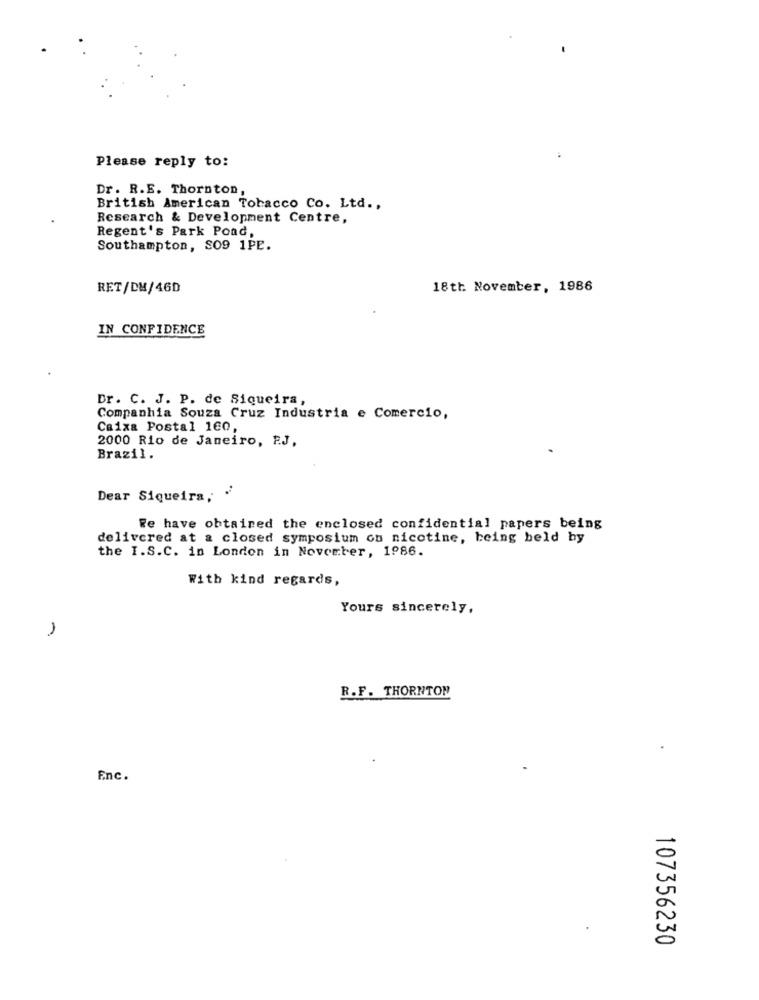
Please reply to:
Dr. R.E. Thornton,
British American Tobacco Co. Ltd .,
Research & Development Centre,
Regent's Park Poad,
Southampton, S09 1PE.
RET/DM/46D
18th November, 1986
IN CONFIDENCE
Dr. C. J. P. de Siqueira,
Companhia Souza Cruz Industria e Comercio,
Caixa Postal 160,
2000 Rio de Janeiro, RJ.
Brazil.
Dear Siqueira, .
Re have obtained the enclosed confidential papers being
delivered at a closed symposium on nicotine, being beld hy
the I.S.C. in London in November, 1986.
With kind regards,
Yours sincerely,
1
R. F. THORNTON
Enc.
107356230